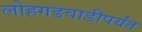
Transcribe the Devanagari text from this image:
लोहगडवाडीपर्यंत